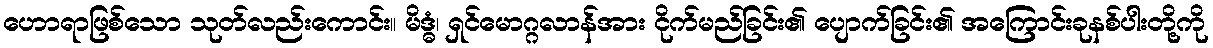
ဟောရာဖြစ်သော သုတ်လည်းကောင်း။ မိဒ္ဓံ၊ ရှင်မောဂ္ဂလာန်အား ငိုက်မည်ခြင်း၏ ပျောက်ခြင်း၏ အကြောင်းခုနစ်ပါးတို့ကို